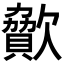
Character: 𣤥